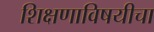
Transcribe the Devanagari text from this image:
शिक्षणाविषयीचा